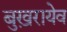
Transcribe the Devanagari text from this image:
बुख़रायेव